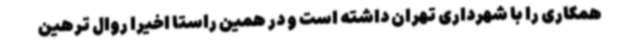
همکاری را با شهرداری تهران داشته است و در همین راستا اخیراً روال ترهین